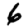
Digit: 6